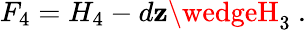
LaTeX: F_{4}=H_{4}-d\mathbf{z}\wedgeH_{3}~.